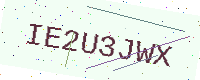
Text: IE2U3JWX